Problem: 11 + 32 = ?
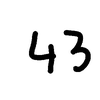
Handwritten answer: 43